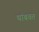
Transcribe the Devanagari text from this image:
थांबवत